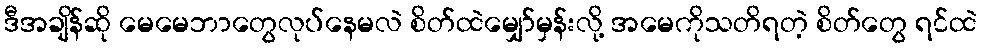
ဒီအချိန်ဆို မေမေဘာတွေလုပ်နေမလဲ စိတ်ထဲမျှော်မှန်းလို့ အမေကိုသတိရတဲ့ စိတ်တွေ ရင်ထဲ